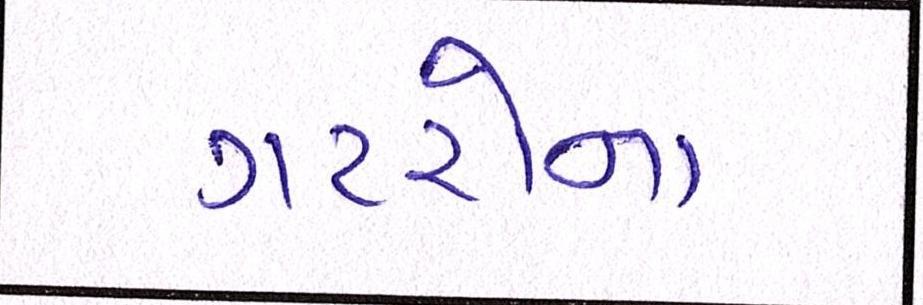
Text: ગટરોના